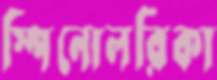
স্পিনোলরিকা